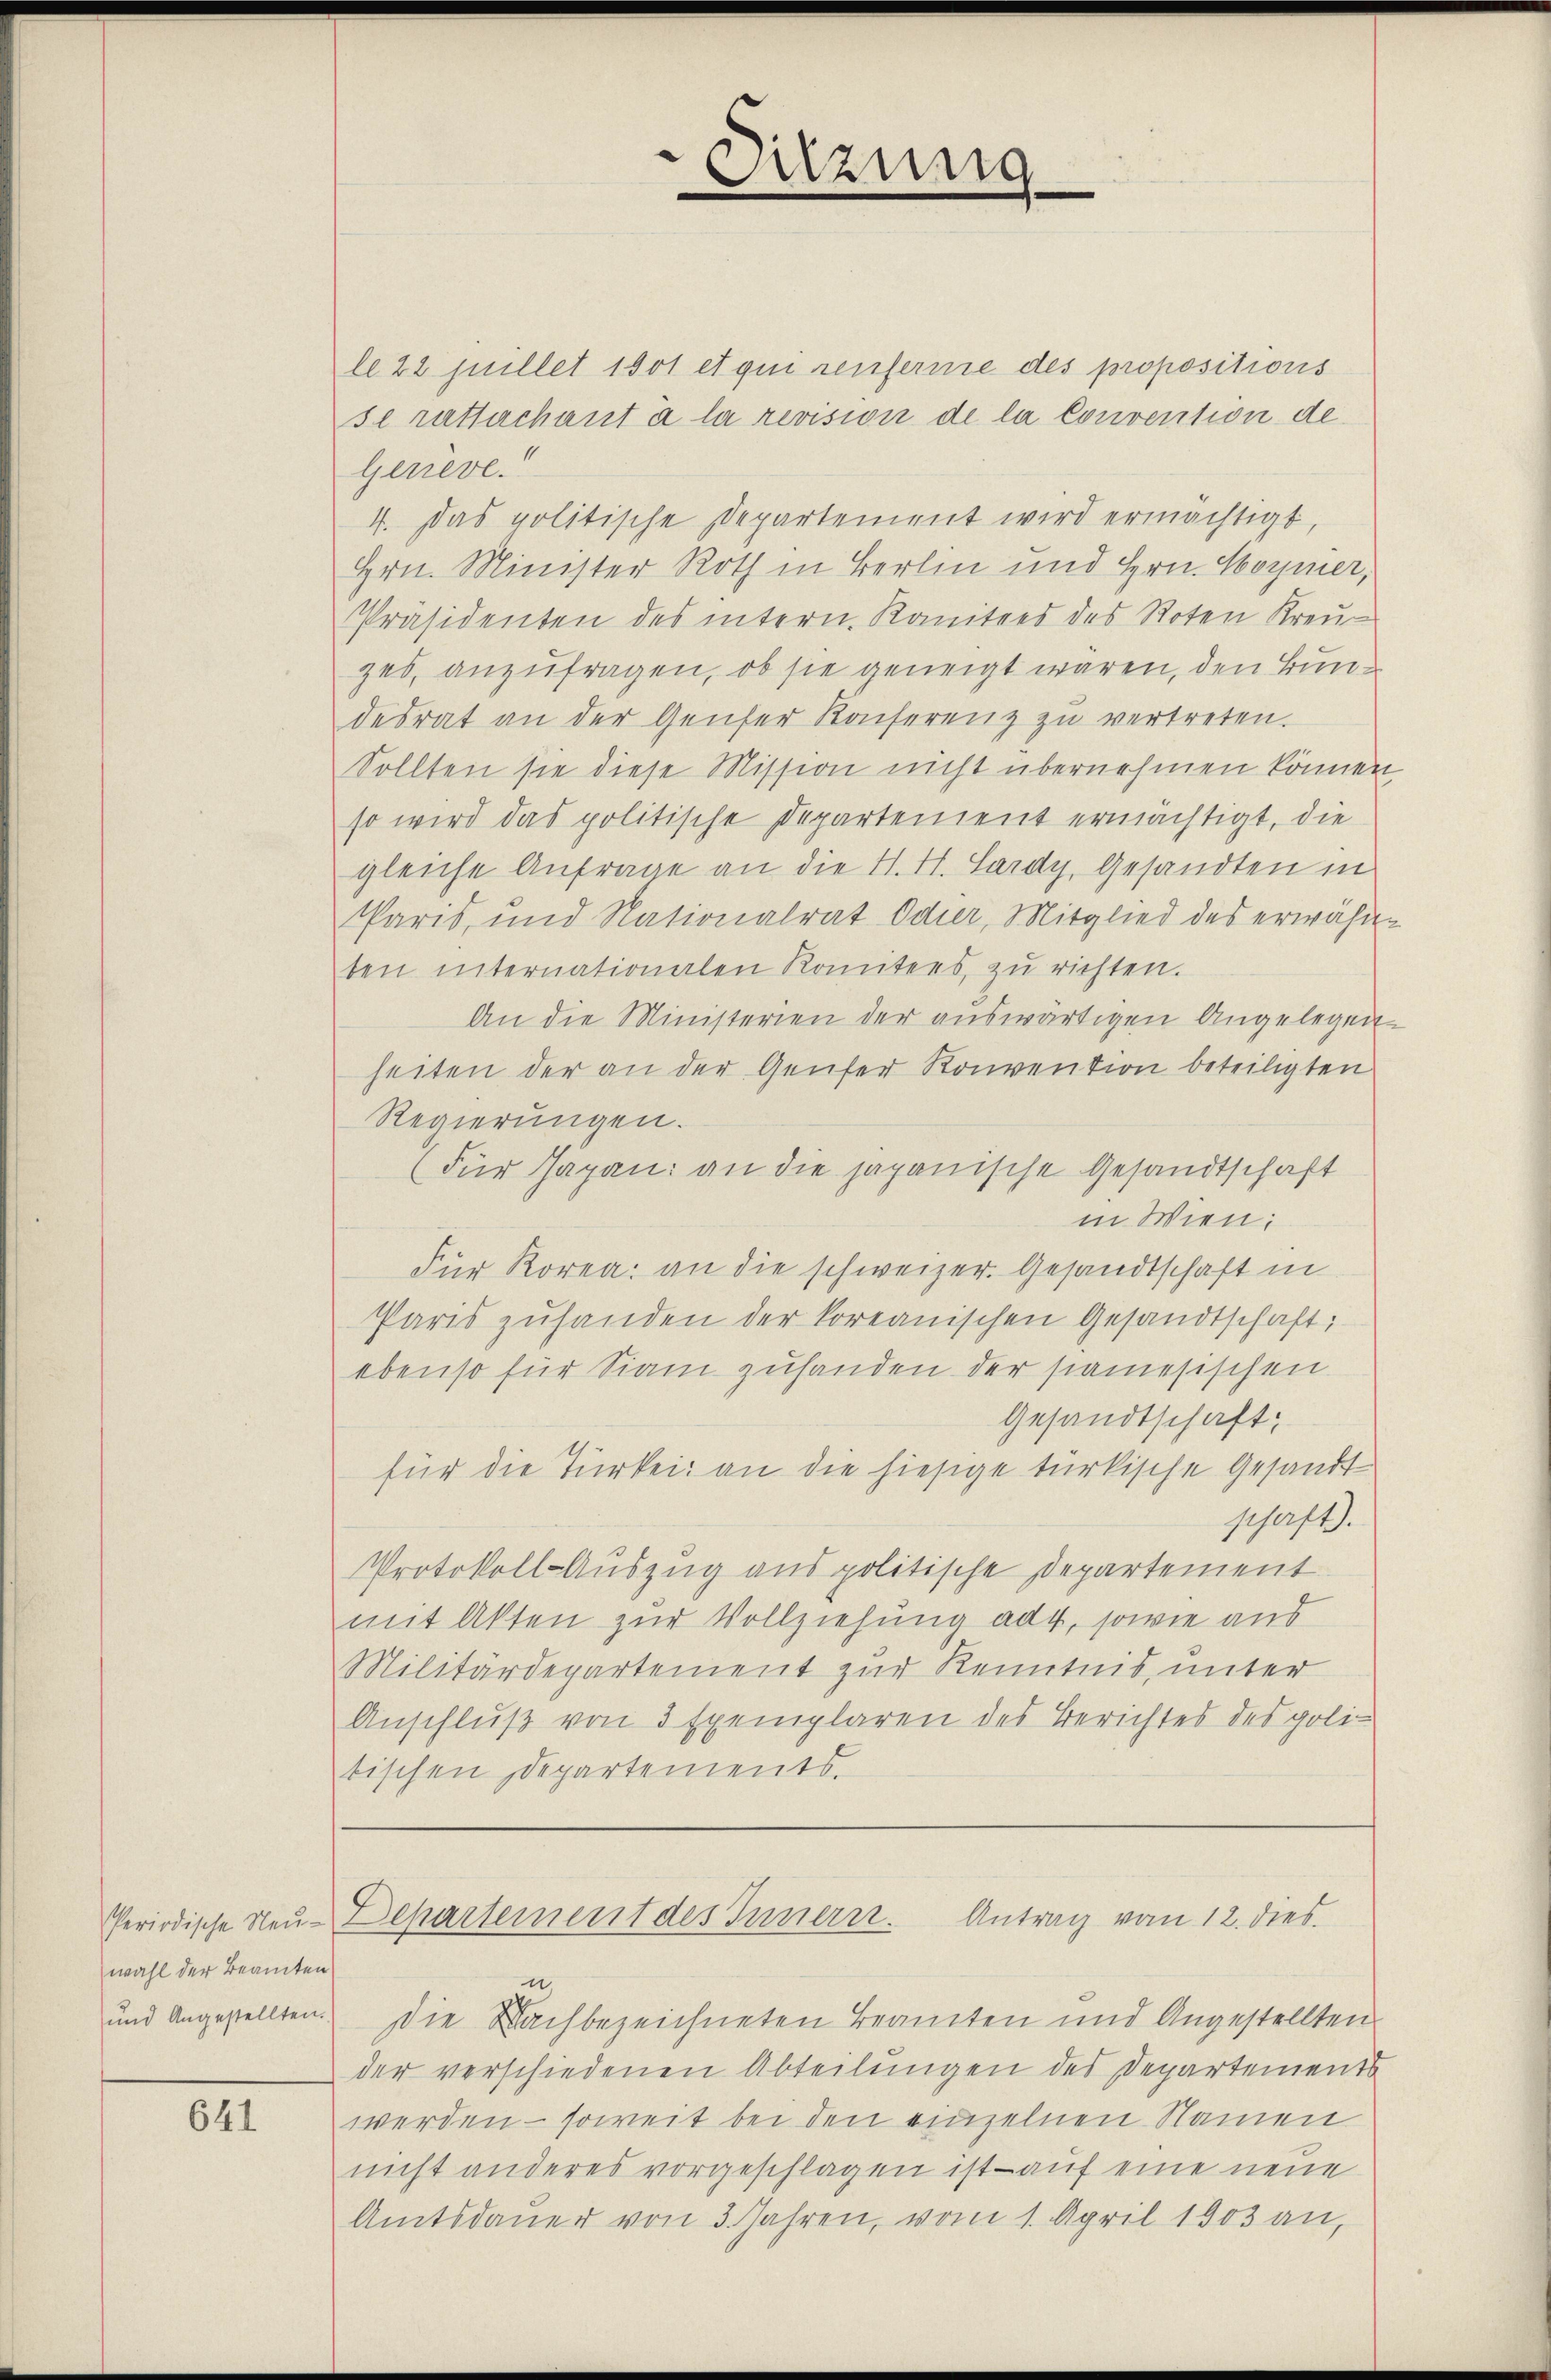
wahl der Beamten

641

Sitzung

le 22 Juillet 1901 et qui renferme des propositions
se ratsarchant à la revision de la Convention de
Gerieve
4. Das politische Departement wird ermächtigt,
Hrn. Minister Roth in Berlin und Hrn. Hoymer,
Präsidenten des intern. Komitees des Roten Kreu
zes, anzufragen, ob sie geneigt wären, den Bundesrat an der Genfer Konferenz zŭ vertreten.
Sollten sie diese Mission nicht übernehmen können,
so wird das politische Departement ermächtigt, die
gleiche Anfrage an die H. H. Lardy, Gesandten in
Paris, und Nationalrat Oder, Mitglied des erwähnten internationalen Romitees, zu richten.
An die Ministerien der auswärtigen Angelegen-
heiten der an der Genfer Konvention beteiligten
Regierungen.
(Für Japan an die japanische Gesandtschaft
in Wien.
Für Korea: an die schweizer. Gesandtschaft in
Paris zŭhanden der koreanischen Gesandtschaft;
ebenso für Siani zuhanden der samesischen
Gesandtschaft;
für die Türkei: an die hiesige türkische Gesandt
ghaft.
Protokoll- Auszug aus politische Departement
mit Akten zur Vollziehung ad 4, sowie aus
Militärdepartement zur Kenntnis, unter
Anschluß von 3 Exemplaren des Berichtes des poli-
tischen Departements

Antrag vom 12. dies
Periodische Neu-Departement des Innern.

und Angestellten. Die Nachbezeichneten Beamten und Angestellten
der verschiedenen Abteilungen des Departements
werden – soweit bei den einzelnen Namen
nicht anderes vorgeschlagen ist - auf eine neue
Amtsdauer von 3. Jahren, vom 1. April 1903 an,